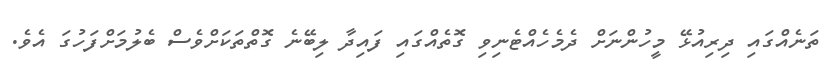
ތަނެއްގައި ދިރިއުޅޭ މީހުންނަށް ދެމެހެއްޓެނިވި ގޮތެއްގައި ފައިދާ ލިބޭނެ ގޮތްތަކަށްވެސް ބެލުމަށްފަހުގަ އެވެ.